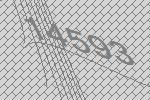
14593